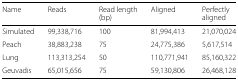
<table><thead><tr><td><b>Name</b></td><td><b>Reads</b></td><td><b>Read length</b></td><td><b>Aligned</b></td><td><b>Perfectly</b></td></tr><tr><td></td><td></td><td><b>(bp)</b></td><td></td><td><b>aligned</b></td></tr></thead><tbody><tr><td>Simulated</td><td>99,338,716</td><td>100</td><td>81,994,413</td><td>21,070,024</td></tr><tr><td>Peach</td><td>38,883,238</td><td>75</td><td>24,775,386</td><td>5,617,514</td></tr><tr><td>Lung</td><td>113,313,254</td><td>50</td><td>110,771,941</td><td>85,160,322</td></tr><tr><td>Geuvadis</td><td>65,015,656</td><td>75</td><td>59,130,806</td><td>26,468,128</td></tr></tbody></table>